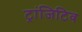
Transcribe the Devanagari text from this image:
ट्रांजिटिव